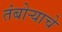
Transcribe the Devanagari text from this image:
तंबोऱ्याचे